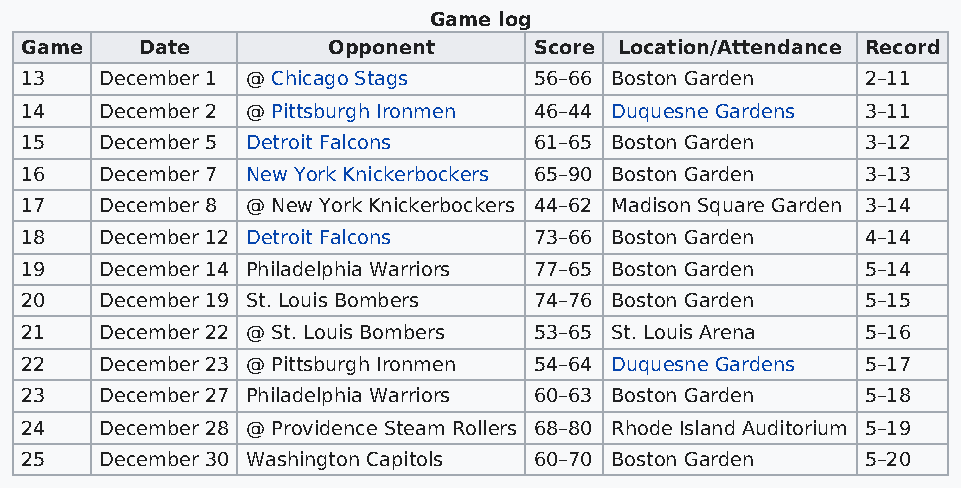
Game log
 Game    Date         Opponent     Score Location/Attendance Record
 13    December 1 @ Chicago Stags  56–66 Boston Garden   2–11
 14    December 2 @ Pittsburgh Ironmen 46–44 Duquesne Gardens 3–11
 15    December 5 Detroit Falcons  61–65 Boston Garden   3–12
 16    December 7 New York Knickerbockers 65–90 Boston Garden 3–13
 17    December 8 @ New York Knickerbockers 44–62 Madison Square Garden 3–14
 18    December 12 Detroit Falcons 73–66 Boston Garden   4–14
 19    December 14 Philadelphia Warriors 77–65 Boston Garden 5–14
 20    December 19 St. Louis Bombers 74–76 Boston Garden 5–15
 21    December 22 @ St. Louis Bombers 53–65 St. Louis Arena 5–16
 22    December 23 @ Pittsburgh Ironmen 54–64 Duquesne Gardens 5–17
 23    December 27 Philadelphia Warriors 60–63 Boston Garden 5–18
 24    December 28 @ Providence Steam Rollers 68–80 Rhode Island Auditorium 5–19
 25    December 30 Washington Capitols 60–70 Boston Garden 5–20